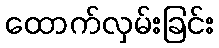
ထောက်လှမ်းခြင်း